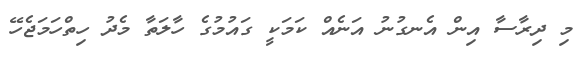
މި ދިރާސާ އިން އެނގުނު އަނެއް ކަމަކީ ގައުމުގެ ހާލަތާ މެދު ހިތްހަމަޖެހޭ